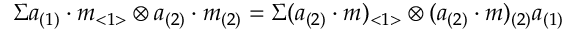
\Sigma a _ { ( 1 ) } \cdot m _ { < 1 > } \otimes a _ { ( 2 ) } \cdot m _ { ( 2 ) } = \Sigma ( a _ { ( 2 ) } \cdot m ) _ { < 1 > } \otimes ( a _ { ( 2 ) } \cdot m ) _ { ( 2 ) } a _ { ( 1 ) }